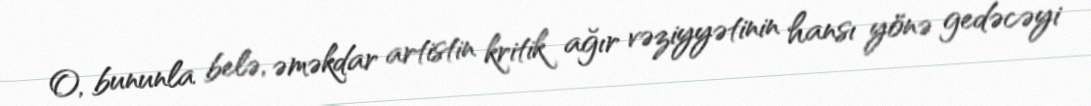
O, bununla belə, əməkdar artistin kritik ağır vəziyyətinin hansı yönə gedəcəyi